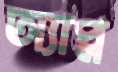
অ্যাপ্ল